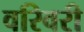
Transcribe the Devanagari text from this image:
वरिवरी